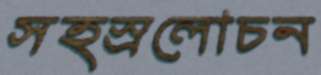
সহস্রলোচন